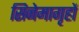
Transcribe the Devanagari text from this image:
सिनेमागृहों